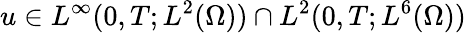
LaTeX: u\in L^{\infty}(0,T;L^{2}(\Omega))\cap L^{2}(0,T;L^{6}(\Omega))